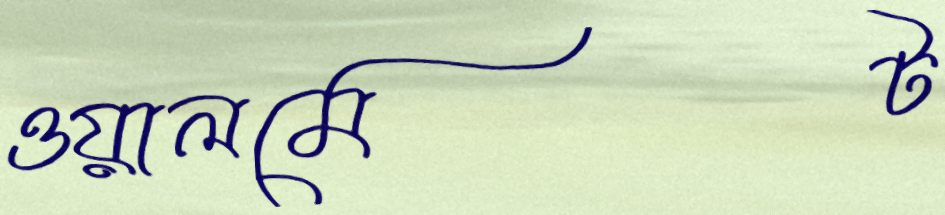
ওয়ালমেট